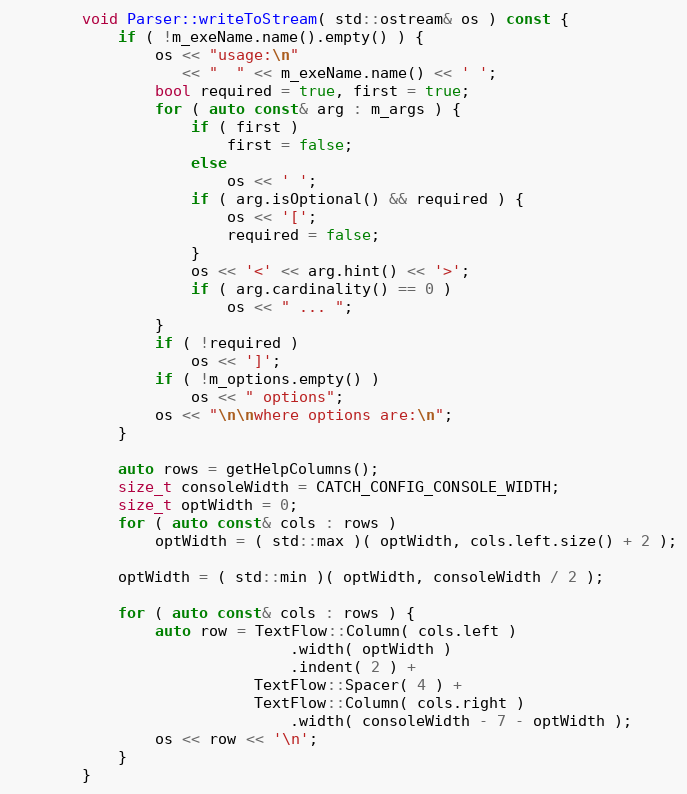
Language: C++
        void Parser::writeToStream( std::ostream& os ) const {
            if ( !m_exeName.name().empty() ) {
                os << "usage:\n"
                   << "  " << m_exeName.name() << ' ';
                bool required = true, first = true;
                for ( auto const& arg : m_args ) {
                    if ( first )
                        first = false;
                    else
                        os << ' ';
                    if ( arg.isOptional() && required ) {
                        os << '[';
                        required = false;
                    }
                    os << '<' << arg.hint() << '>';
                    if ( arg.cardinality() == 0 )
                        os << " ... ";
                }
                if ( !required )
                    os << ']';
                if ( !m_options.empty() )
                    os << " options";
                os << "\n\nwhere options are:\n";
            }

            auto rows = getHelpColumns();
            size_t consoleWidth = CATCH_CONFIG_CONSOLE_WIDTH;
            size_t optWidth = 0;
            for ( auto const& cols : rows )
                optWidth = ( std::max )( optWidth, cols.left.size() + 2 );

            optWidth = ( std::min )( optWidth, consoleWidth / 2 );

            for ( auto const& cols : rows ) {
                auto row = TextFlow::Column( cols.left )
                               .width( optWidth )
                               .indent( 2 ) +
                           TextFlow::Spacer( 4 ) +
                           TextFlow::Column( cols.right )
                               .width( consoleWidth - 7 - optWidth );
                os << row << '\n';
            }
        }